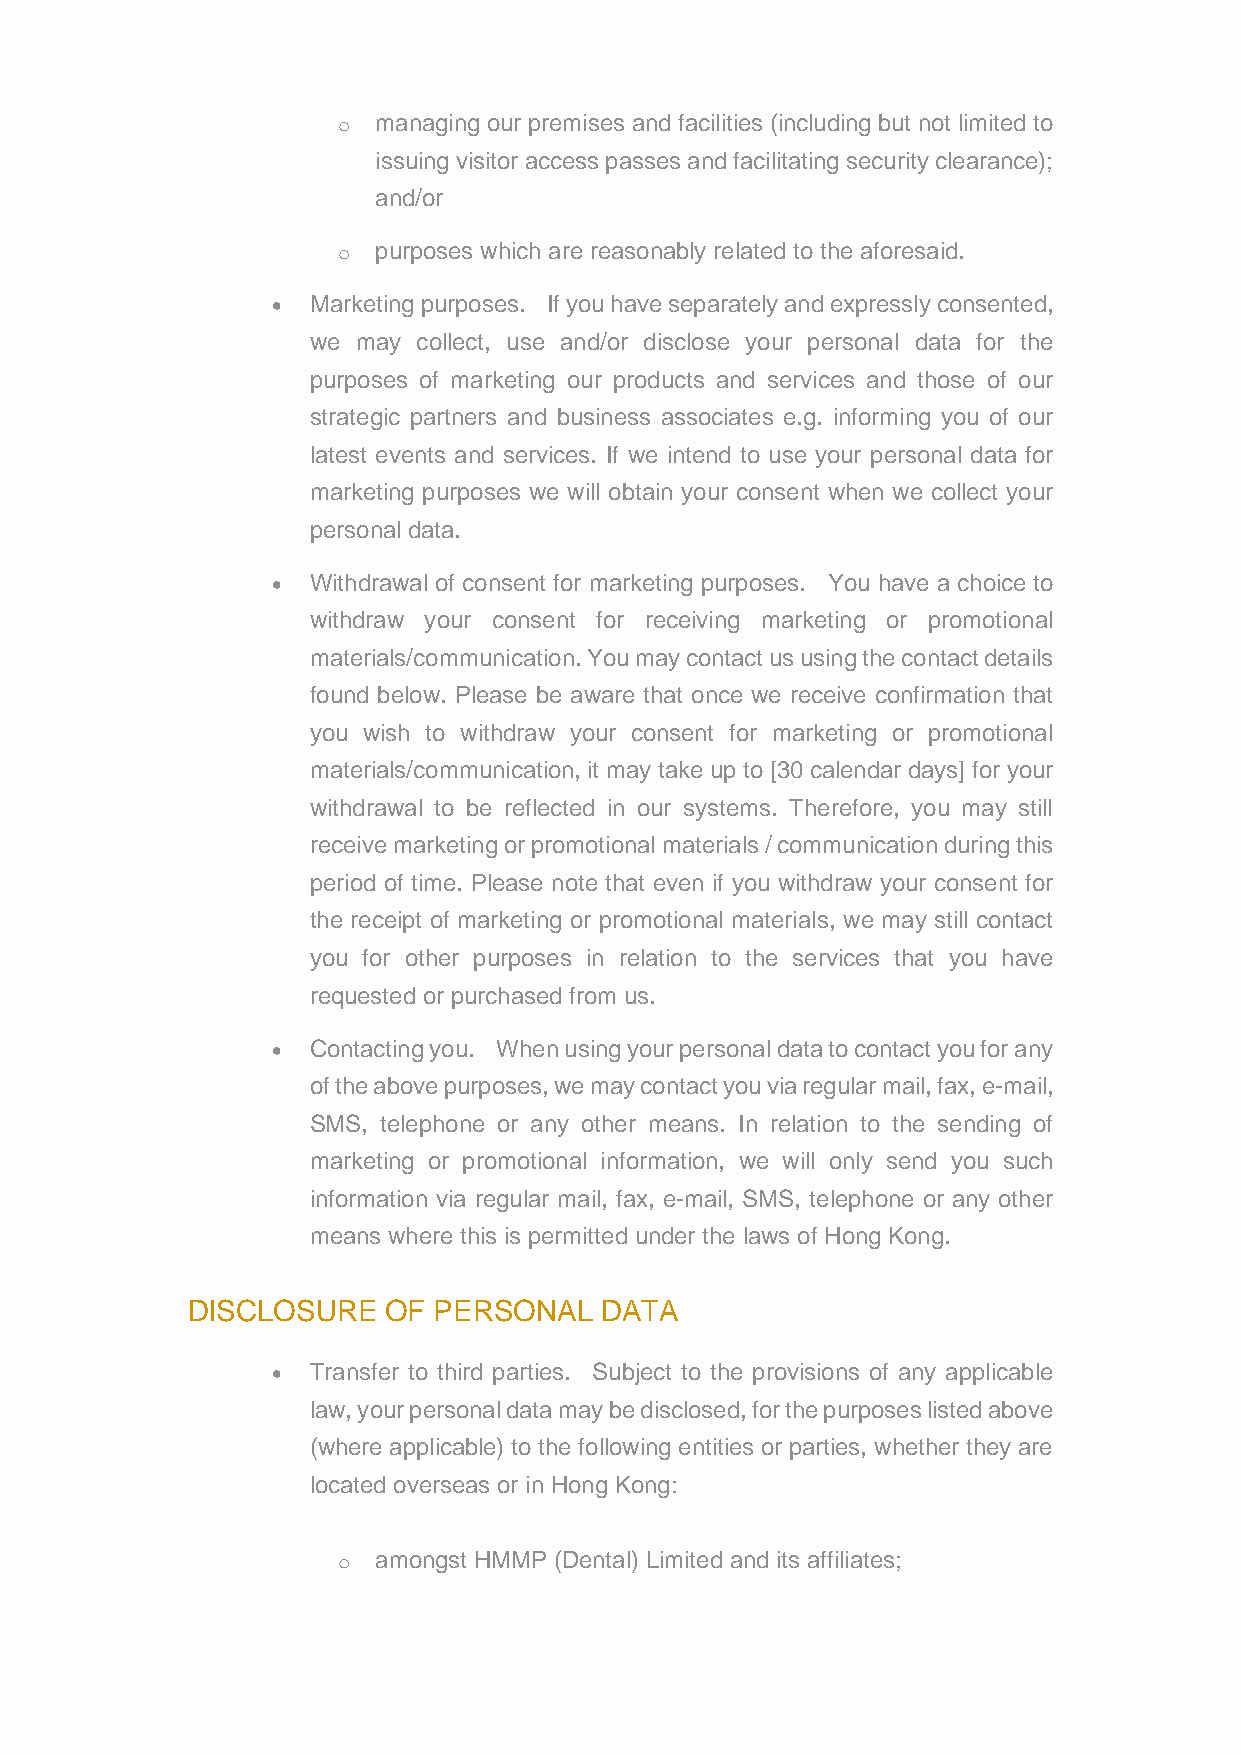
o  managing our premises and facilities (including but not limited to
 issuing visitor access passes and facilitating security clearance);
 and/or
 o  purposes which are reasonably related to the aforesaid.
 • Marketing purposes. If you have separately and expressly consented,
 we  may collect, use and/or disclose your personal data for the
 purposes of marketing our products and services and those of our
 strategic partners and business associates e.g. informing you of our
 latest events and services. If we intend to use your personal data for
 marketing purposes we will obtain your consent when we collect your
 personal data.
 • Withdrawal of consent for marketing purposes. You have a choice to
 withdraw your consent for receiving marketing or promotional
 materials/communication. You may contact us using the contact details
 found below. Please be aware that once we receive confirmation that
 you wish to withdraw your consent for marketing or promotional
 materials/communication, it may take up to [30 calendar days] for your
 withdrawal to be reflected in our systems. Therefore, you may still
 receive marketing or promotional materials / communication during this
 period of time. Please note that even if you withdraw your consent for
 the receipt of marketing or promotional materials, we may still contact
 you for other purposes in relation to the services that you have
 requested or purchased from us.
 • Contacting you. When using your personal data to contact you for any
 of the above purposes, we may contact you via regular mail, fax, e-mail,
 SMS, telephone or any other means. In relation to the sending of
 marketing or promotional information, we will only send you such
 information via regular mail, fax, e-mail, SMS, telephone or any other
 means where this is permitted under the laws of Hong Kong.
 DISCLOSURE    OF PERSONAL   DATA
 • Transfer to third parties. Subject to the provisions of any applicable
 law, your personal data may be disclosed, for the purposes listed above
 (where applicable) to the following entities or parties, whether they are
 located overseas or in Hong Kong:
 o  amongst HMMP (Dental) Limited and its affiliates;